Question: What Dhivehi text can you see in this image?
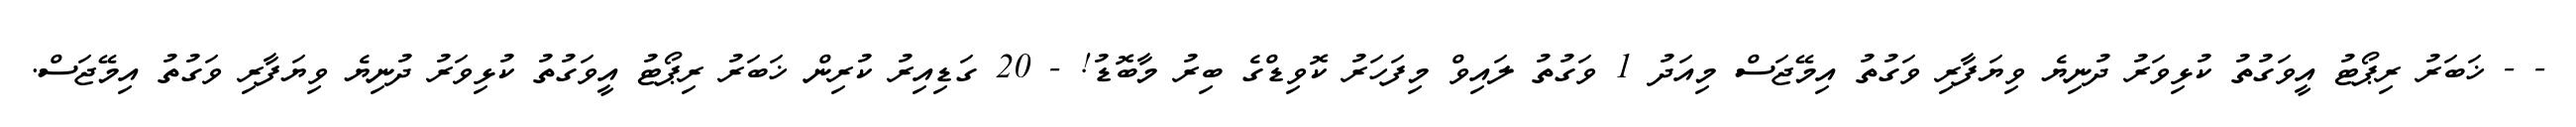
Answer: - - ޚަބަރު ރިޕޯޓު އީވަގުތު ކުޅިވަރު ދުނިޔެ ވިޔަފާރި ވަގުތު އިމޭޖަސް މިއަދު 1 ވަގުތު ލައިވް މިފަހަރު ކޮވިޑްގެ ބިރު މާބޮޑު! - 20 ގަޑިއިރު ކުރިން ޚަބަރު ރިޕޯޓު އީވަގުތު ކުޅިވަރު ދުނިޔެ ވިޔަފާރި ވަގުތު އިމޭޖަސް.